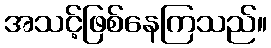
အသင့်ဖြစ်နေကြသည်။